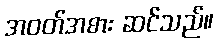
အဝတ်အစား ဆင်သည်။